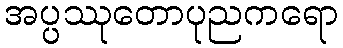
အပ္ပဿုတောပုညကရော